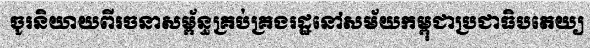
ចូរនិយាយពីរចនាសម្ព័ន្ធគ្រប់គ្រងរដ្ឋនៅសម័យកម្ពុជាប្រជាធិបតេយ្យ